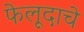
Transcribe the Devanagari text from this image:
फेलूदाचे